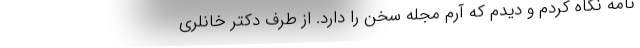
نامه نگاه کردم و دیدم که آرم مجله سخن را دارد. از طرف دکتر خانلری